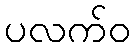
ပလက်ဝ